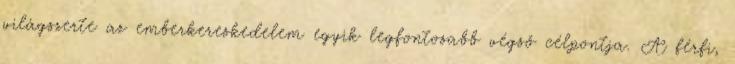
világszerte az emberkereskedelem egyik legfontosabb végső célpontja. A férfi,